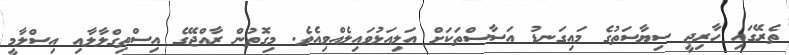
ތެރޭގައި ހާރިޖީ ސިޔާސަތުގެ މައިގަނޑު އަސާސްތަކަށް އަލިއަޅުވައިލެއްވިއެވެ. މިގޮތުން ރާއްޖޭގެ އިސްތިގްލާލާއި އިސްލާމީ